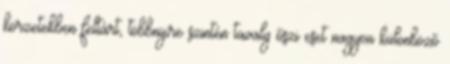
körzetekben feltárt, többnyire szintén tavaly őszi eset nagyon különböző